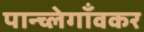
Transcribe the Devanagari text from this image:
पान्च्लेगाँवकर